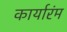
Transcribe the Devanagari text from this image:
कार्यारंम